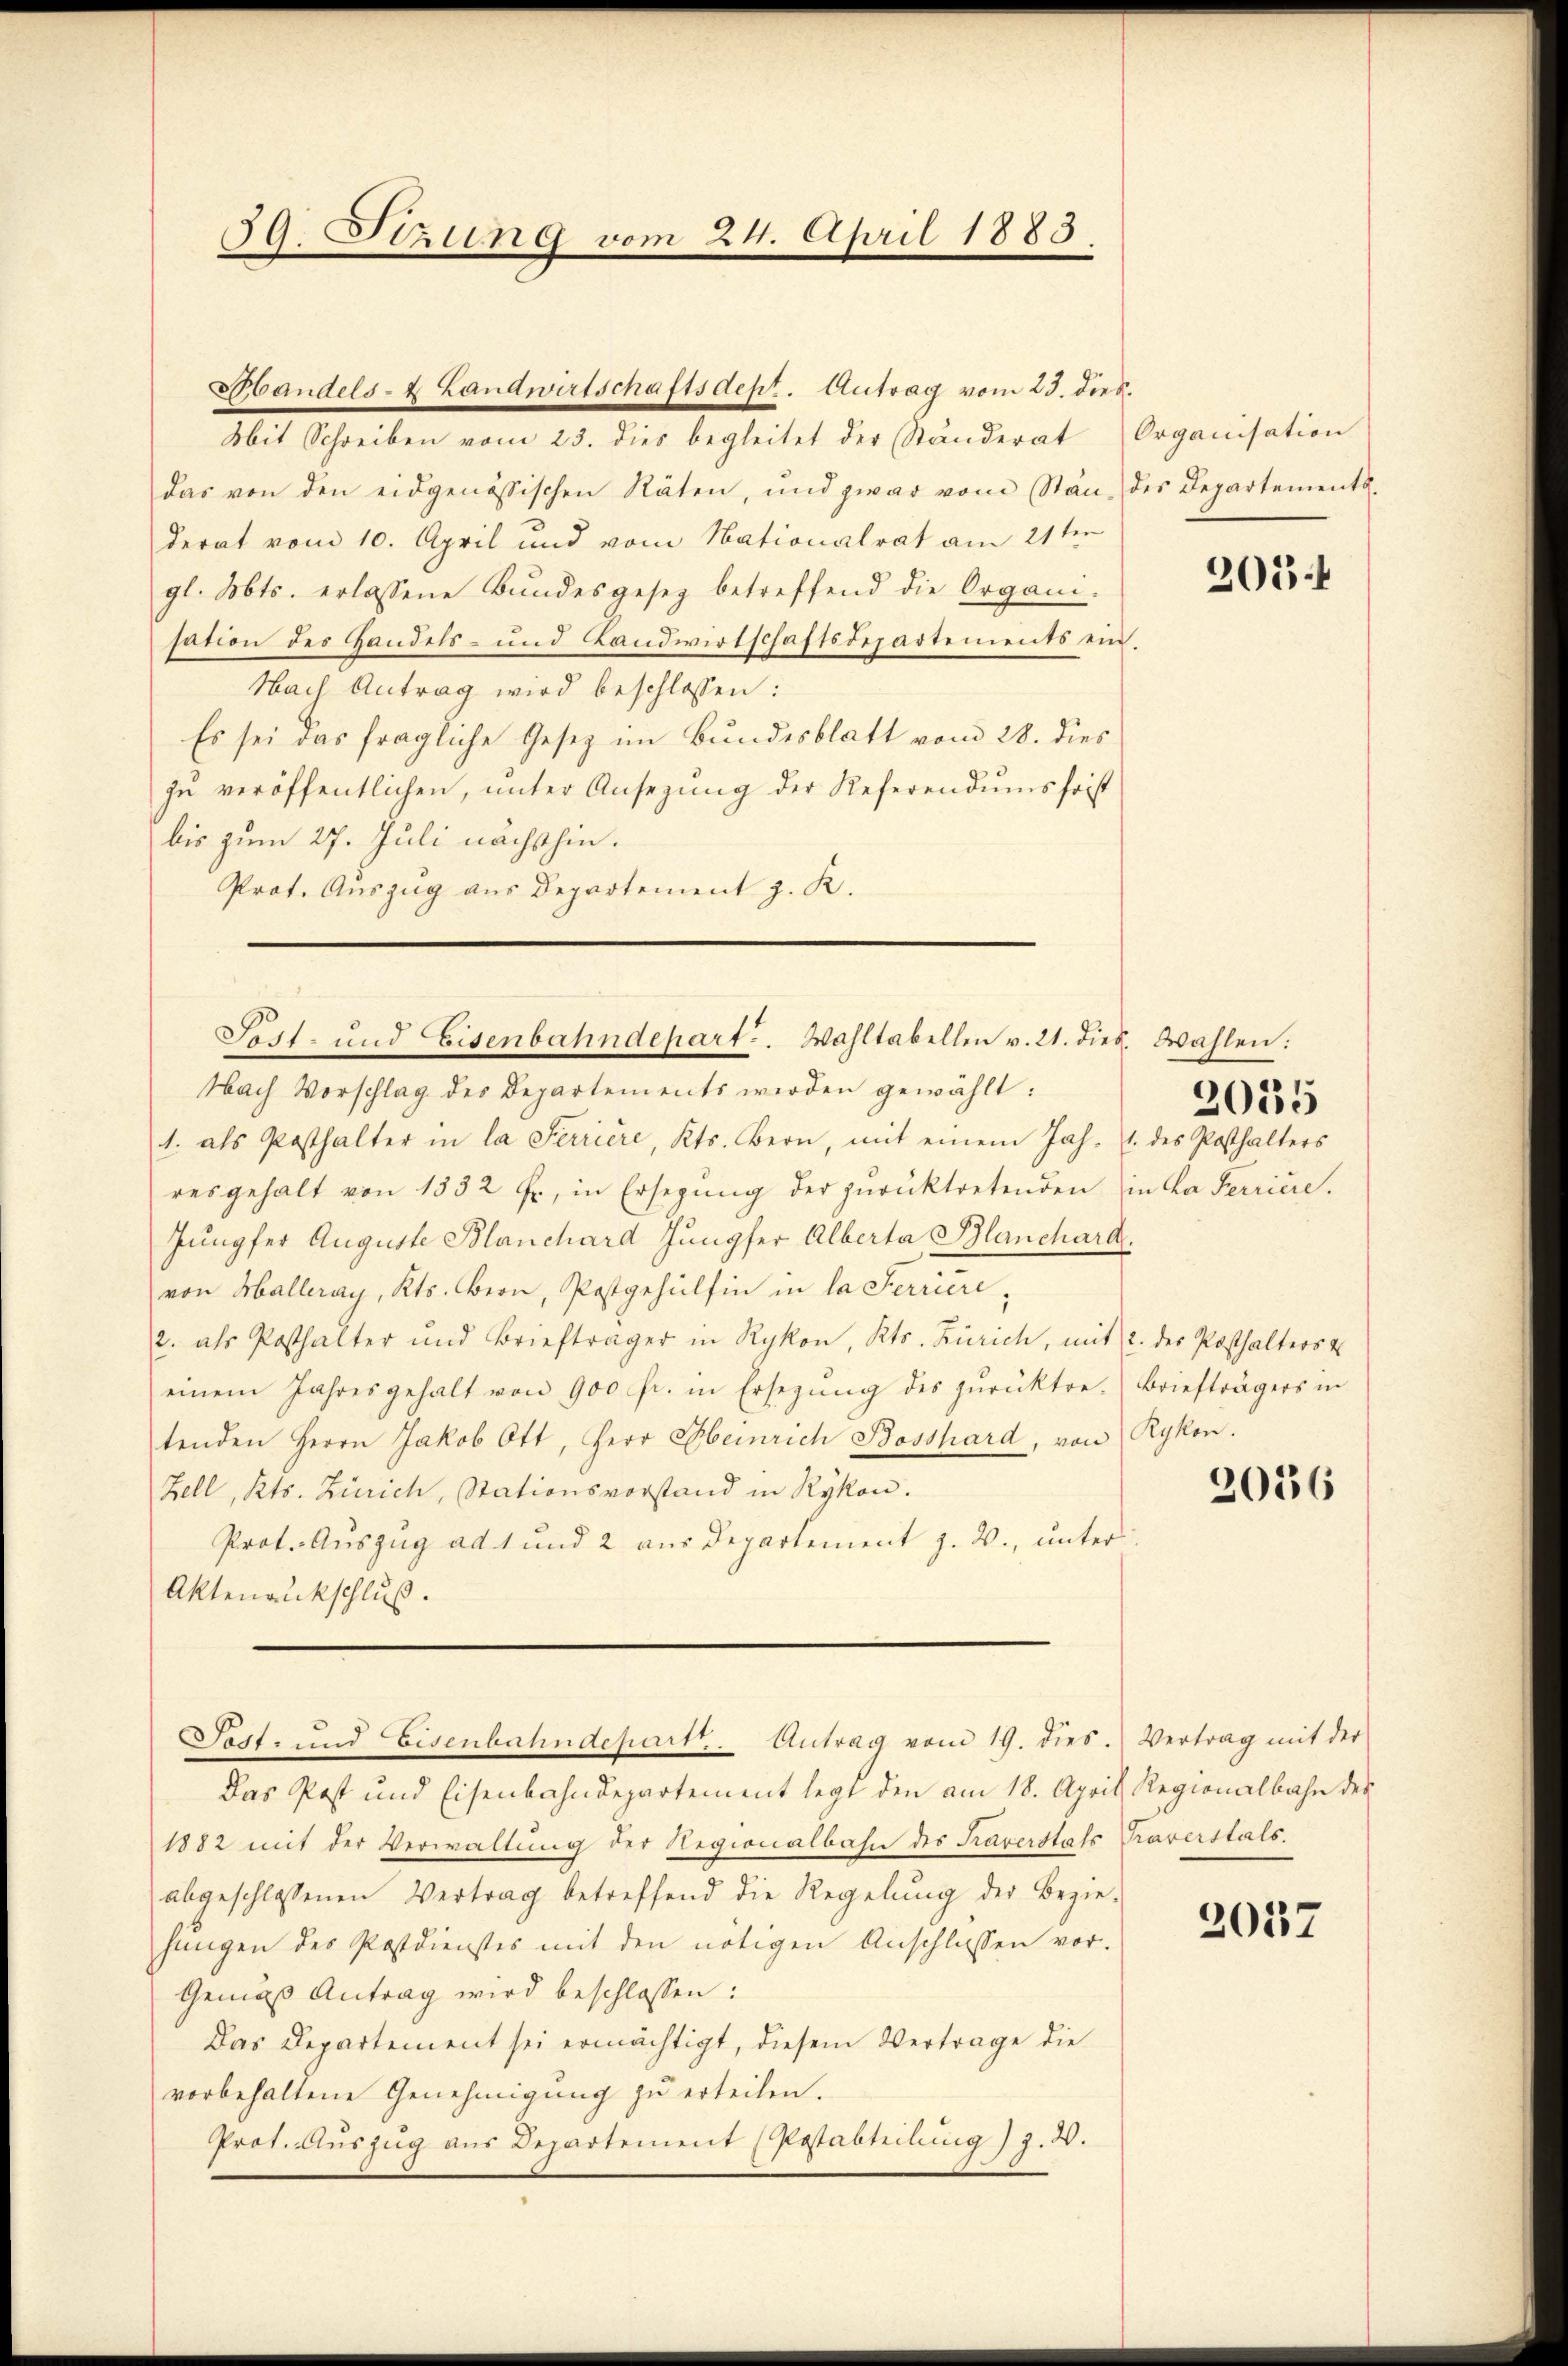
59. Sizung vom 24. April 1883.

Mit Schreiben vom 23. dies begleitet der Ständerat
das von den eidgenössischen Räten, und zwar vom Stän. des Departements-
derat vom 10. April und vom Nationalrat am 21ten
gl. Mts. erlassene Bundesgeseg betreffend die Organi-
sation des Handels- und Landwirtschaftsdepartements ein.
Nach Antrag wird beschlossen:
Es sei das fragliche Gesetz im Bundesblatt vom 28. dies
zŭ veröffentlichen, ŭnter Ansezung der Referendumsfrist
bis zum 27. Juli nächsthin.
Prot. Auszug aus Departement z. K.
Nach Vorschlag des Departements werden gewählt:
1. als Posthalter in la Ferriere, Kts. Bern, mit einem Jah. 1. des Posthalters
resgehalt von 1332 f., in Ersegŭng der zŭrücktretenden in Ca Ferriere.
Jungfer Auguste Blanchard Jungfer Alberta Blanchard.
von Halleray, Kts. Bern, Postgehülfen in la Serriere,
2. als Posthalter und Briefträger in Rykon, Kts. Zürich, mit 2. der Posthalters u
einem Jahresgehalt von 900 fr. in Ersezung des zŭrücktre-
tenden Herrn Jakob Ott, Herr Obernrich Bosshard, von
Zell, Kts. Zürich, Stationsvorstand in Rykon.
Prot. Auszug ad 1 und 2 aus Departement z. B., unter¬
Aktenankschluß.
Segt- und Eisenbahndepartt. Antrag vom 19. dies. Vertrag mit der
Das Post und Eisenbahndepartement legt den am 18. April, Regionalbahn des
1882 mit der Verwaltung der Regionalbahn des Praverstals Traverstals.
abgeschlossenen Vertrag betreffend die Regelŭng der Bezie-
hungen des Postdienstes mit den nötigen Anschlossen vor.
Gemäß Antrag wird beschlossen:
Das Departement sei ermächtigt, diesem Vertrage die
vorbehaltene Genehmigung zu erteilen.
Prot. Auszug aus Departement (Postabteilung / 3.2.

Handels- & Landwirtschaftsdept. Antrag vom 23. dies.

Sest- und Eisenbahndepart. Wahltabellen v. 21. dies. Wahlen:

Organisation

205 f

2035

Briefträgers in
Rykon.

2036

2057